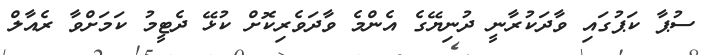
ސުޕާ ކަޕުގައި ވާދަކުރާނީ ދުނިޔޭގެ އެންމެ ވާދަވެރިކޮށް ކުޅޭ ދެޓީމު ކަމަށްވާ ރެއާލް